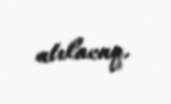
atılacaq.